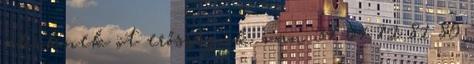
akiknek öt erősségük van 34 64 72 81 89